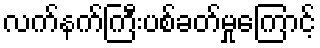
လက်နက်ကြီးပစ်ခတ်မှုကြောင့်